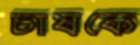
চাষকে